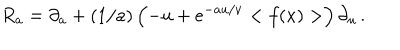
R _ { a } = \partial _ { a } + ( 1 / a ) \left( - u + e ^ { - a u / \nu } < f ( x ) > \right) \partial _ { u } \, .